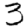
Digit: 3